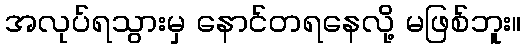
အလုပ်ရသွားမှ နောင်တရနေလို့ မဖြစ်ဘူး။